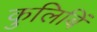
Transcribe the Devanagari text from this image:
कुलिबिं